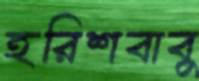
হরিশবাবু